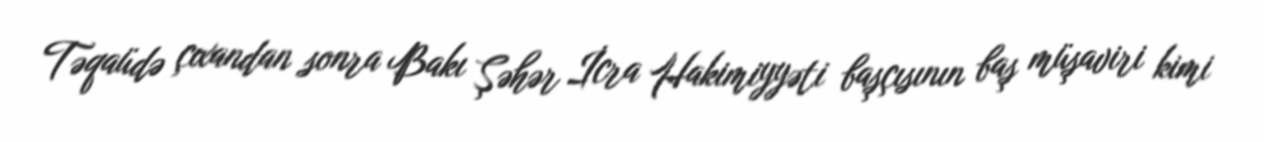
Təqaüdə çıxandan sonra Bakı Şəhər İcra Hakimiyyəti başçısının baş müşaviri kimi